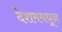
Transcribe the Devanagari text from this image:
देशममधून